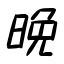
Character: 晩